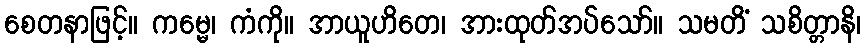
စေတနာဖြင့်။ ကမ္မေ၊ ကံကို။ အာယူဟိတေ၊ အားထုတ်အပ်သော်။ သမတိံ သစိတ္တာနိ၊